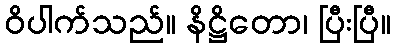
ဝိပါက်သည်။ နိဋ္ဌိတော၊ ပြီးပြီ။